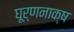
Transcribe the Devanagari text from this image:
घूर्णनाक्ष